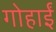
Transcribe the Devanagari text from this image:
गोहार्इं